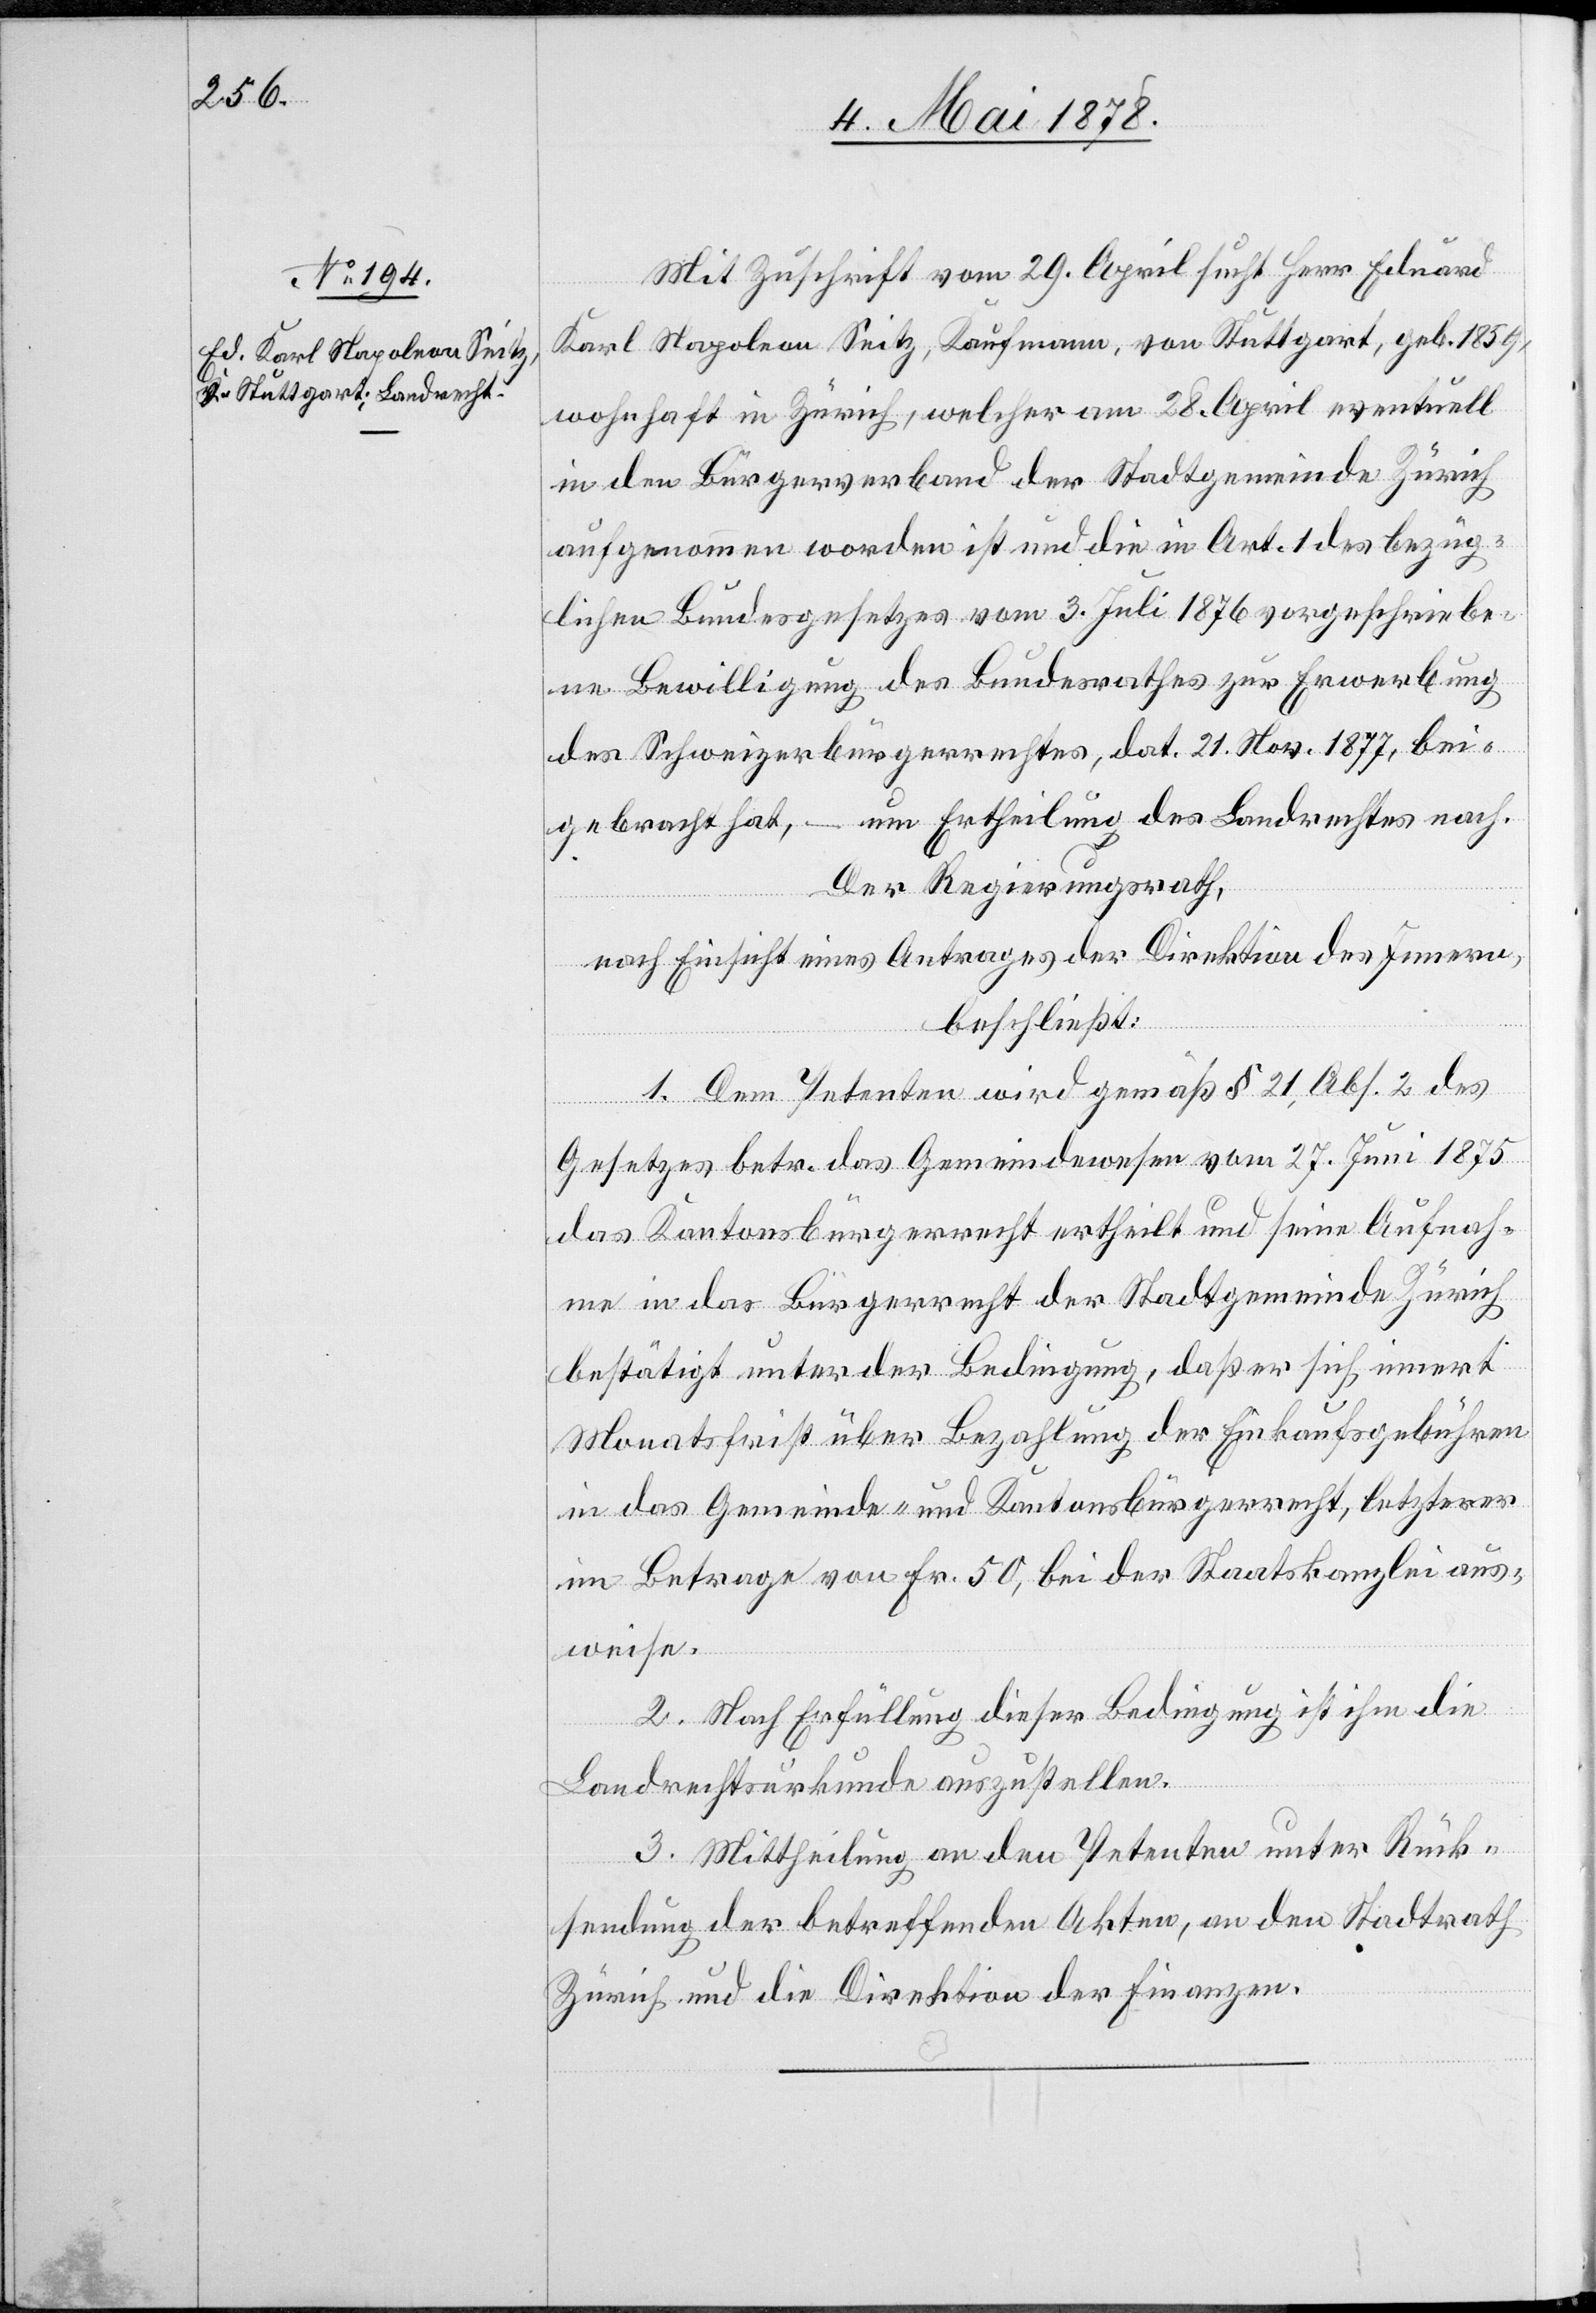
Mit Zuschrift vom 29. April sucht Herr Eduard
Karl Napoleon Seitz, Kaufmann, von Stuttgart, geb. 1859,
wohnhaft in Zürich, welcher am 28. April eventuell
in den Bürgerverband der Stadtgemeinde Zürich
aufgenommen worden ist und die in Art. 1 des bezüg¬
lichen Bundesgesetzes vom 3. Juli 1876 vorgeschriebe¬
ne Bewilligung des Bundesrathes zur Erwerbung
des Schweizerbürgerrechtes, dat. 21. Nov. 1877, bei¬
gebracht hat, – um Ertheilung des Landrechtes nach.
Der Regierungsrath,
nach Einsicht eines Antrages der Direktion des Innern,
beschließt:
1. Dem Petenten wird gemäß § 21, Abs. 2 des
Gesetzes betr. das Gemeindewesen vom 27. Juni 1875
das Kantonsbürgerrecht ertheilt und seine Aufnah¬
me in das Bürgerrecht der Stadtgemeinde Zürich
bestätigt unter der Bedingung, daß er sich innert
Monatsfrist über Bezahlung der Einkaufsgebühren
in das Gemeinde- und Kantonsbürgerrecht, letzterer
im Betrage von Fr. 50, bei der Staatskanzlei aus¬
weise.
2. Nach Erfüllung dieser Bedingung ist ihm die
Landrechtsurkunde auszustellen.
3. Mittheilung an den Petenten unter Rück¬
sendung der betreffenden Akten, an den Stadtrath
Zürich und die Direktion der Finanzen.